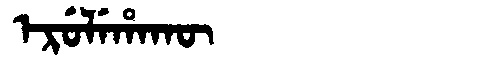
Manchu: ᡝᡵᡠᠯᡝᡥᠠᡴᡡ
Romanization: ERULEHAKŪ